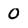
Character: 0